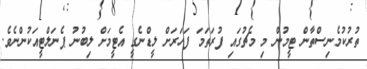
ތުރުކުމެނިސްތާން ޓީމުން މި މެޗުގައި ފުރަތަމަ ފަހަރަށް ލީޑްނެގީ އެޓީމަށް ލިބުނު ޕެނަލްޓީއަކުންނެވެ.